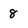
Character: 8